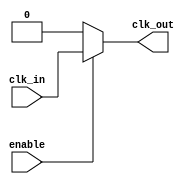
module clock_buffer (
    input wire clk_in,      // Input clock signal
    input wire enable,      // Enable signal for the buffer
    output wire clk_out     // Buffered clock output
);

    // Internal signal for buffered clock
    wire clk_buf;

    // Buffering mechanism using a simple inverter and a NAND gate
    // You can replace this with more complex logic as needed
    assign clk_buf = enable ? clk_in : 1'b0; // Output 0 when disabled

    // Output the buffered clock signal
    assign clk_out = clk_buf;

endmodule